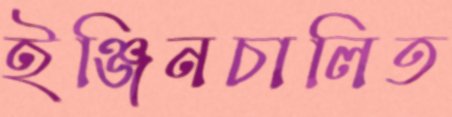
ইঞ্জিনচালিত